Vaccination returns of the Province of Eastern Bengal and Assam - 1905-1912
Year: 1905
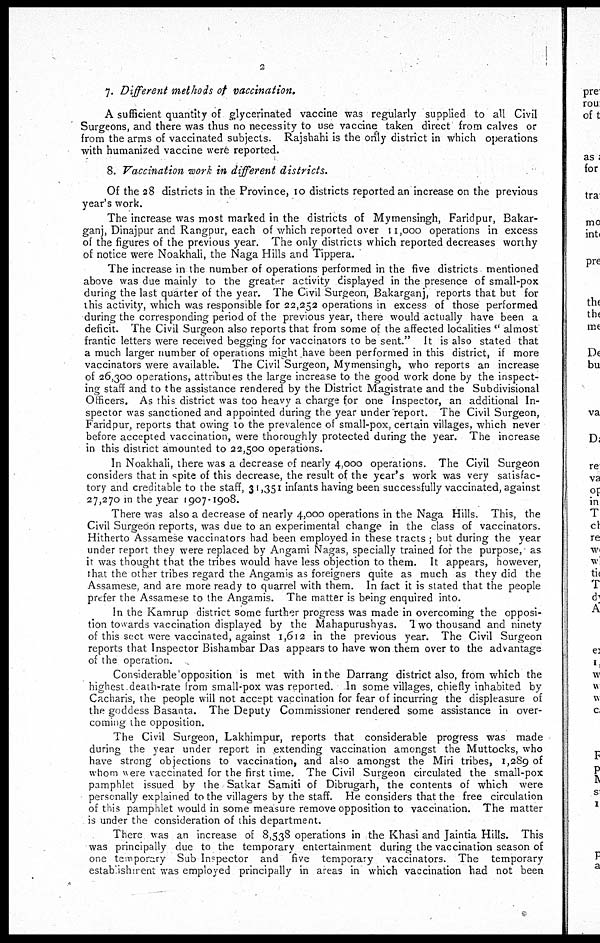
2
7. Different methods of vaccination.
A sufficient quantity of glycerinated vaccine was regularly supplied to all Civil
Surgeons, and there was thus no necessity to use vaccine taken direct from calves or
from the arms of vaccinated subjects. Rajshahi is the only district in which operations
with humanized vaccine were reported.
8. Vaccination work in different districts.
Of the 28 districts in the Province, 10 districts reported an increase on the previous
year's work.
The increase was most marked in the districts of Mymensingh, Faridpur, Bakar-
ganj, Dinajpur and Rangpur, each of which reported over 11,000 operations in excess
of the figures of the previous year. The only districts which reported decreases worthy
of notice were Noakhali the Naga Hills and Tippera.
The increase in the number of operations performed in the five districts mentioned
above was due mainly to the greater activity displayed in the presence of small-pox
during the last quarter of the year. The Civil Surgeon, Bakarganj, reports that but for
this activity, which was responsible for 22,252 operations in excess of those performed
during the corresponding period of the previous year, there would actually have been a
deficit. The Civil Surgeon also reports that from some of the affected localities "almost
frantic letters were received begging for vaccinators to be sent." It is also stated that
a much larger number of operations might have been performed in this district, if more
vaccinators were available. The Civil Surgeon, Mymensingh, who reports an increase
of 26,300 operations, attributes the large increase to the good work done by the inspect-
ing staff and to the assistance rendered by the District Magistrate and the Subdivisional
Officers. As this district was too heavy a charge for one Inspector, an additional In-
spector was sanctioned and appointed during the year under report. The Civil Surgeon,
Faridpur, reports that owing to the prevalence of small-pox, certain villages, which never
before accepted vaccination, were thoroughly protected during the year. The increase
in this district amounted to 22,500 operations.
In Noakhali, there was a decrease of nearly 4,000 operations. The Civil Surgeon
considers that in spite of this decrease, the result of the year's work was very satisfac-
tory and creditable to the staff, 31,351 infants having been successfully vaccinated, against
27,270 in the year 1907-1908.
There was also a decrease of nearly 4,000 operations in the Naga Hills. This, the
Civil Surgeon reports, was due to an experimental change in the class of vaccinators.
Hitherto Assamese vaccinators had been employed in these tracts ; but during the year
under report they were replaced by Angami Nagas, specially trained for the purpose, as
it was thought that the tribes would have less objection to them. It appears, however,
that the other tribes regard the Angamis as foreigners quite as much as they did the
Assamese, and are more ready to quarrel with them. In fact it is stated that the people
prefer the Assamese to the Angamis. The matter is being enquired into.
In the Kamrup district some further progress was made in overcoming the opposi-
tion towards vaccination displayed by the Mahapurushyas. Two thousand and ninety
of this sect were vaccinated, against 1,612 in the previous year. The Civil Surgeon
reports that Inspector Bishambar Das appears to have won them over to the advantage
of the operation.
Considerable opposition is met with in the Darrang district also, from which the
highest death-rate from small-pox was reported. In some villages, chiefly inhabited by
Cacharis, the people will not accept vaccination for fear of incurring the displeasure of
the goddess Basanta. The Deputy Commissioner rendered some assistance in over-
coming the opposition.
The Civil Surgeon, Lakhimpur, reports that considerable progress was made
during the year under report in extending vaccination amongst the Muttocks, who
have strong objections to vaccination, and also amongst the Miri tribes, 1,289 of
whom were vaccinated for the first time. The Civil Surgeon circulated the small-pox
pamphlet issued by the Satkar Samiti of Dibrugarh, the contents of which were
personally explained to the villagers by the staff. He considers that the free circulation
of this pamphlet would in some measure remove opposition to vaccination. The matter
is under the consideration of this department.
There was an increase of 8,538 operations in the Khasi and Jaintia Hills. This
was principally due to the temporary entertainment during the vaccination season of
one temporary Sub Inspector and five temporary vaccinators. The temporary
establishment was employed principally in areas in which vaccination had not been